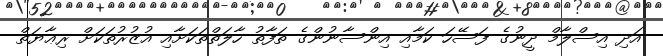
އަދި އިސްލާމް ދީނުގެ ފަސޭހަ ކަމާއި އިންސާނުންގެ ތަފާތު ހާލަތްތަކަށާއި އުޒުރުތަކަށް ރިޢާޔަތް